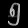
Digit: ၅